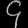
Digit: ၄